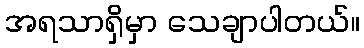
အရသာရှိမှာ သေချာပါတယ်။